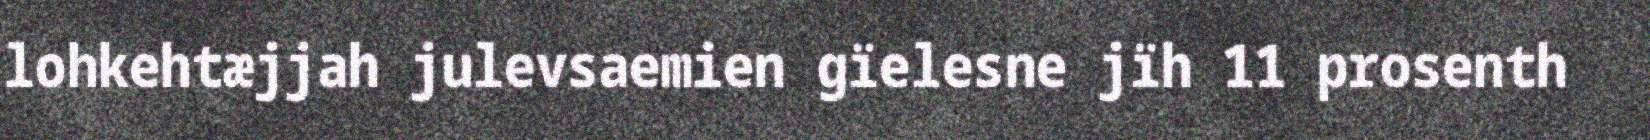
lohkehtæjjah julevsaemien gïelesne jïh 11 prosenth